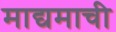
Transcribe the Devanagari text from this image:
माद्यमाची